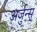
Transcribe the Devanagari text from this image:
अर्जुन्स्